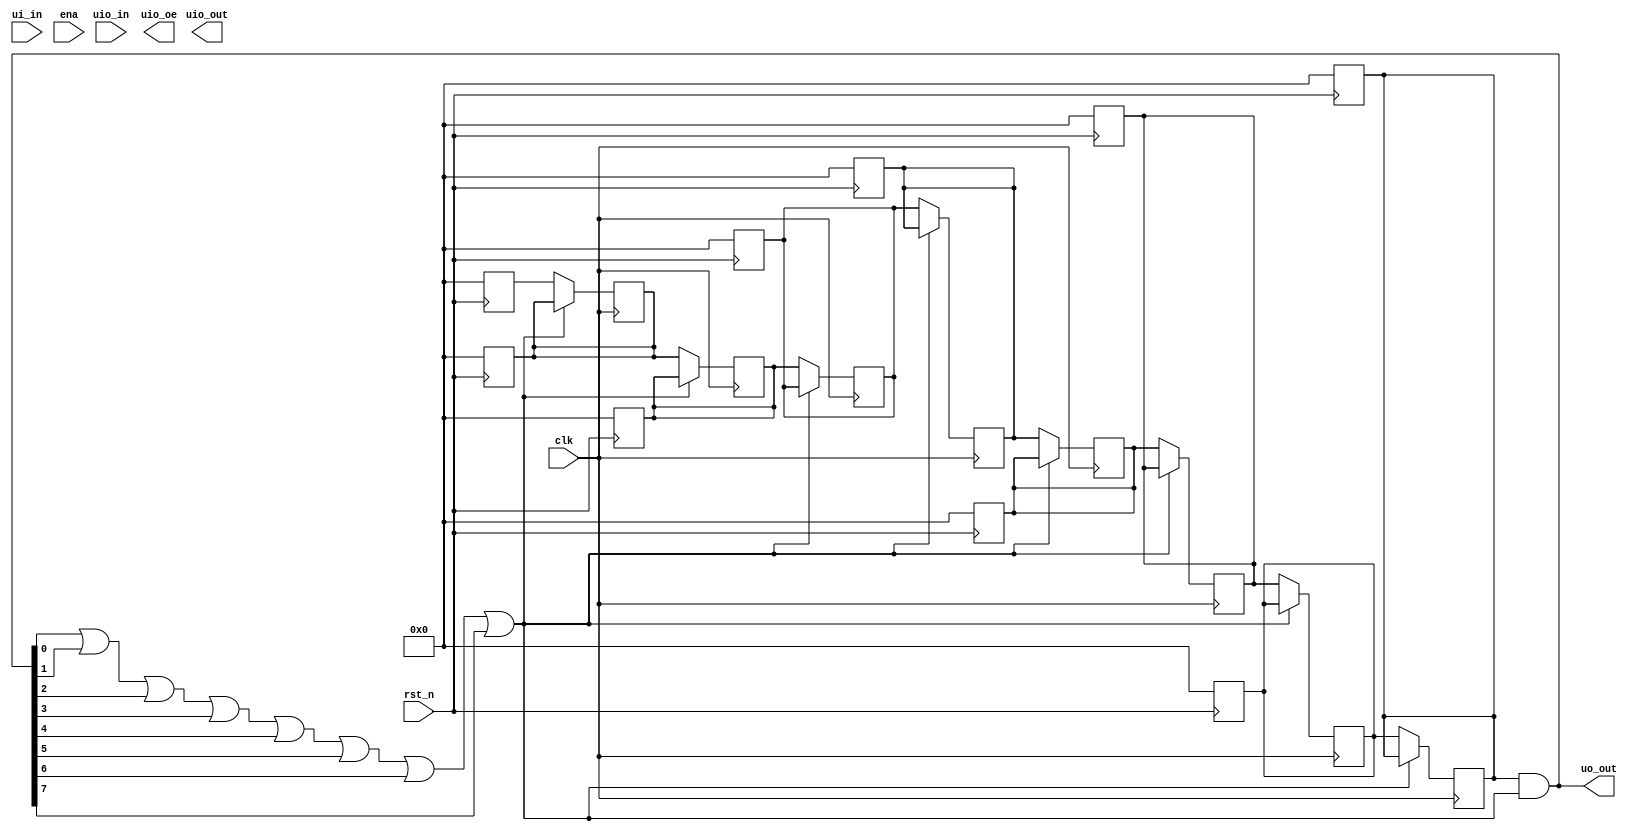
`timescale 1ns/1ps;

module tt_um_yannickreiss_semaphore (input wire [7:0] ui_in,    // Dedicated inputs
                                     output wire [7:0] uo_out,  // Dedicated outputs
                                     input wire [7:0] uio_in,   // IOs: Input path
                                     output wire [7:0] uio_out, // IOs: Output path
                                     output wire [7:0] uio_oe,  // IOs: Enable path (active high: 0 = input, 1 = output
                                     input wire ena,
                                     input wire clk,
                                     input wire rst_n);
// Signals
wire mutex;
reg [7:0] bus_reg;
reg [7:0] fcfs[7:0];

assign mutex = uo_out[0] || uo_out[1] || uo_out[2] || uo_out[3] || uo_out[4] || uo_out[5] || uo_out[6] || uo_out[7];

assign uo_out = bus_reg & mutex;

// reset
always @(negedge rst_n) begin
    bus_reg = 8'b0;
    fcfs[7] = 8'b0;
    fcfs[6] = 8'b0;
    fcfs[5] = 8'b0;
    fcfs[4] = 8'b0;
    fcfs[3] = 8'b0;
    fcfs[2] = 8'b0;
    fcfs[1] = 8'b0;
    fcfs[0] = 8'b0;
end

// clk
always @(posedge clk) begin
    if (mutex == 1'b0) begin
        // LOCK
        bus_reg = fcfs[7];
        fcfs[7] = fcfs[6];
        fcfs[6] = fcfs[5];
        fcfs[5] = fcfs[4];
        fcfs[4] = fcfs[3];
        fcfs[3] = fcfs[2];
        fcfs[2] = fcfs[1];
        fcfs[1] = fcfs[0];
    end
end

endmodule